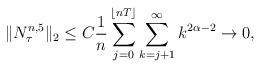
LaTeX: \begin{align*} \| N^{n,5} _\tau\|_2\le C \frac 1n \sum_{j=0}^{\lfloor nT \rfloor} \sum_{k=j+1} ^{\infty} k^{2\alpha -2} \to 0, \end{align*}